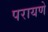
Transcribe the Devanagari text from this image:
परायणे